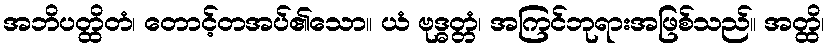
အဘိပတ္ထိတံ၊ တောင့်တအပ်၏သော။ ယံ ဗုဒ္ဓတ္တံ၊ အကြင်ဘုရားအဖြစ်သည်။ အတ္ထိ၊